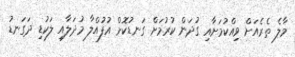
މާލެ ތެރެއަށް ވިއްކުމަށާއި ގުދަން ކުރުމަށް ގަނޑުކޮށް އުފުއްލާ މުދަލާއި ލަކުޑި ދަގަނޑު